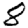
Digit: 8